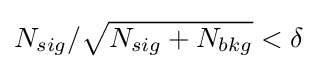
N_{sig}/{\sqrt {N_{sig}+N_{bkg}}}<\delta